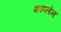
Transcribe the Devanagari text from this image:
शांप्लेन